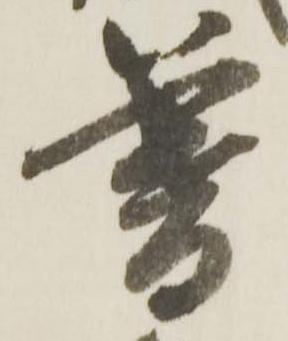
暮